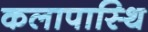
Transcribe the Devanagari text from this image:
कलापास्थि